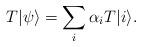
LaTeX: \begin{align*}T|\psi\rangle = \sum_i \alpha_i T|i\rangle.\end{align*}